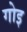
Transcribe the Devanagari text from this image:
गोइ